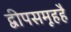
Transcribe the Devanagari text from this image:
द्वीपसमूहहै